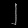
Digit: ၂